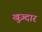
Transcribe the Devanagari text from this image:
खुज़्दार